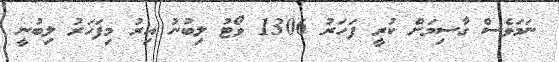
ނަމަވެސް ގާސިމަށް ކުރީ ފަހަރު 1306 ވޯޓު ލިބުނު އިރު މިފަހަރު ލިބުނީ